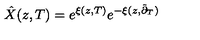
\hat { X } ( z , T ) = e ^ { \xi ( z , T ) } e ^ { - \xi ( z , \tilde { \partial } _ { T } ) }